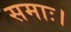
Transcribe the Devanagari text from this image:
समाः।